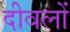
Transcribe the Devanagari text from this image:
दीवलों